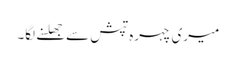
میری چہرہ تپش سے جھلسنے لگا۔